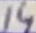
Text: 14